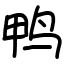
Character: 鸭